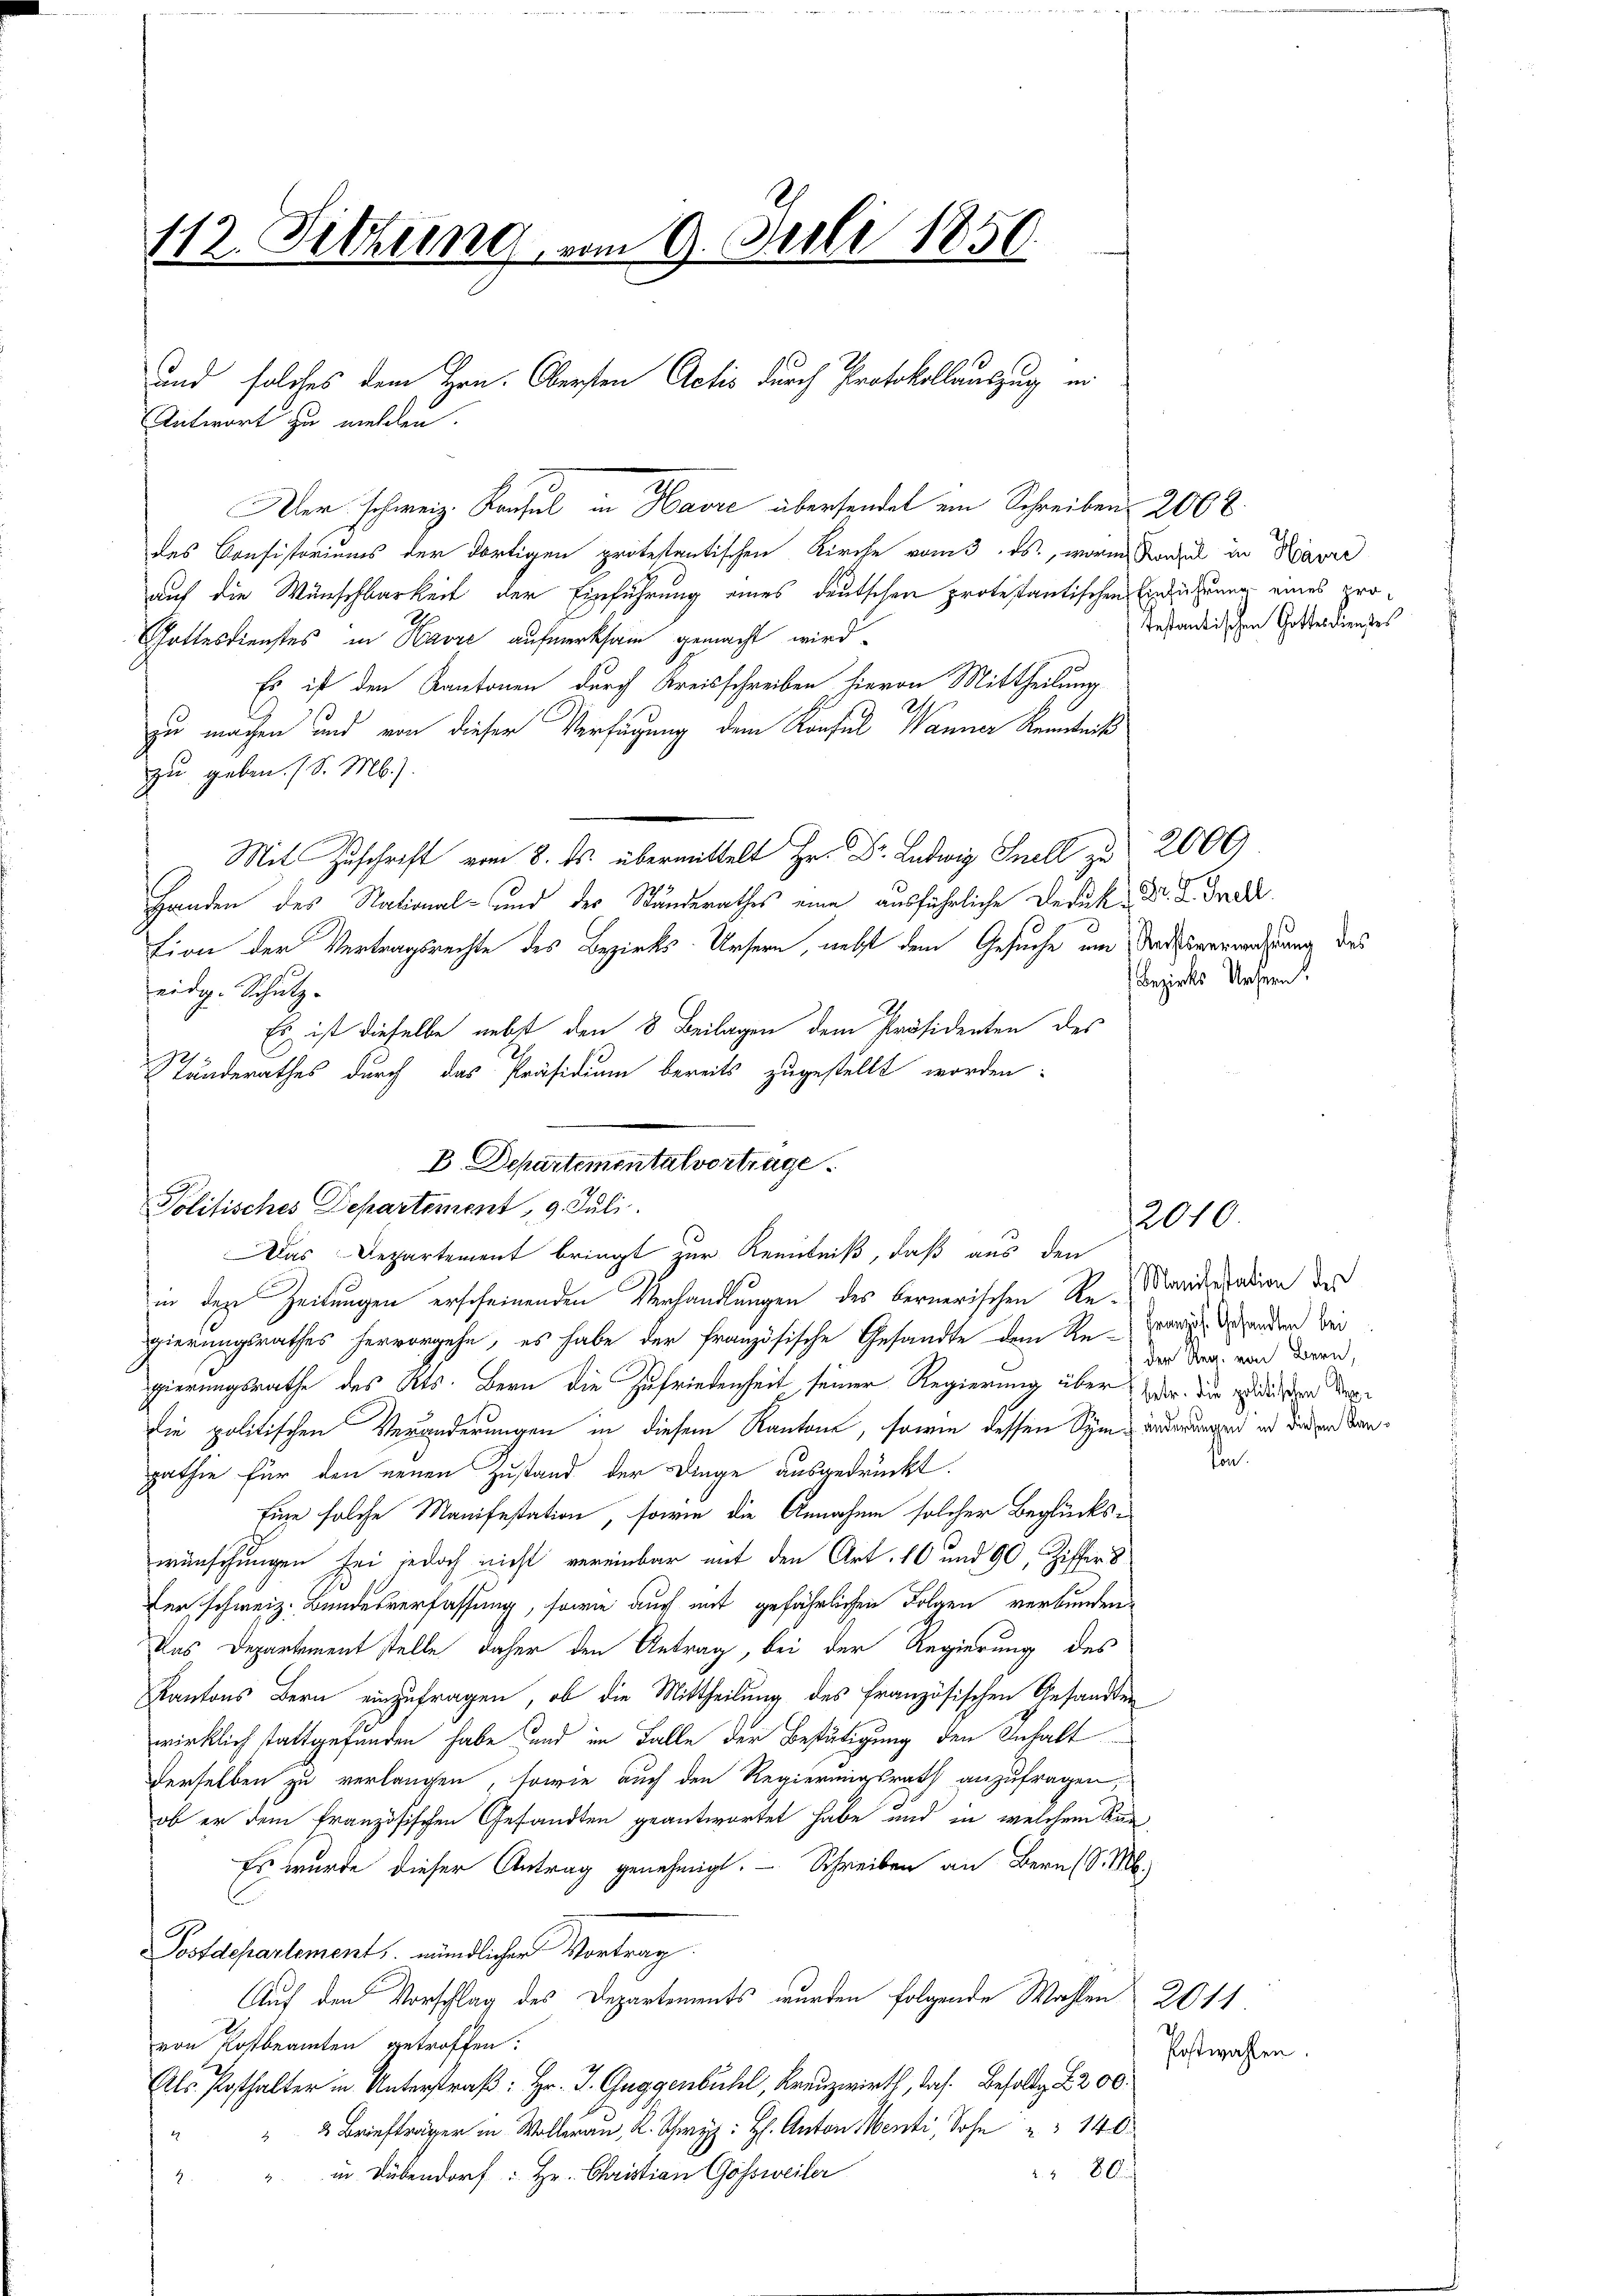
Der schweiz. Konsul in Havre übersendet ein Schreiben 2068.
des Consistoriums der dortigen protestantischen Kirche vom 3. ds., worin Kadel in Havre
auf die Wünschbarkeit der Einführung eines deutschen protestantischen Einführung eines pro¬
Gottesdienstes in Havre aufmerksam gemacht wird.
Es ist den Kantonen durch Kreisschreiben hievon Mittheilung
2
zu machen und von dieser Verfügung dem Konfel Wanner Kenntniß
zu geben. (S. M.).
.
Handen des National- und der Standerathes eine ausführliche Deduk- Dr. K. Frde
tion der Vertragsrechte des Bezirks-Ursern, nebst dem Gesuche um Todesverwachung des
eidg. Schutz-
Es ist dieselbe nebst den 8 Beilagen dem Präsidenten des
A
Stunderathes durch das Präsidium bereits zugestellt worden:

112. Sitzung, vom 9. Juli 1850.

und solches dem Hrn. Obersten Actis durch Protokollauszug ei
Antwort zu melden.

B Departemental vortrage.
Politisches Departement 9. Juli.
Das Departement bringt zur Kenntniß, daß aus den

testantischen Gottesdienstes

Bezirks Unsern.

in den Zeitungen erscheinenden Verhandlungen des bernerischen Re-Marietation des
gierungsrathes hervorgehe, es habe der französische Gesandte dem Re-Zweige ander bei
gierungsrathe des Kts. Bern die Zufriedenheit seiner Regierung über dar. Die Erledigten der
die politischen Veränderungen in diesem Kantone, sowie dessen Sym würdigend in der von danpathie für den neuen Zustand der Dinge ausgedrückt.
Eine solche Manifestation, sowie die Annahme solcher Beglückswünschungen sei jedoch nicht vereinbar mit den Art. 10 und 90, Ziffers
fer schweiz. Bundesverfassung, sowie auch mit gefährlichen Folgen verbunden,
Das Departement stelle daher den Antrag, bei der Regierung des
Kantons Bern einzufragen, ob die Mittheilung des Französischen Gesandten
wirklich stattgefunden habe und im Falle der Bestätigung den Anhalt
derselben zu verlangen, sowie auch den Regierungsrath anzufragen,
ob er dem französischen Gesandten geantwortet habe und in welchem Kan¬
Es wurde dieser Antrag genehmigt. - Schreiben an Bern (S. M.
Postdepartement, mündlicher Vortrag.
Auf den Vorschlag des Departements wurden folgende Wahlen 2011.
von Rostbeamten getroffen:
Als Posthalter in Unterstraß: Hr. J. Guggenbühl, Kreuzwirth, das Besolde 2200.
" Briefträger in Wollrau, R. Schwyz: H. Anton Menti, Sohn   140
 80
" in Dübendorf : Hr. Christian Gossweiler
2

) der Reg. von Bern,

12010.

Postwahlen

son.